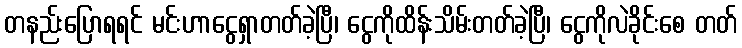
တနည်းပြောရရင် မင်းဟာငွေရှာတတ်ခဲ့ပြီ၊ ငွေကိုထိန်းသိမ်းတတ်ခဲ့ပြီ၊ ငွေကိုလဲခိုင်းစေ တတ်